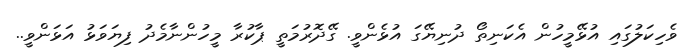
ވެހިކަލުގައި އުޅޭމީހުން އެކަނިތޯ ދުނިޔޭގަ އުޅެންވީ. ގޭދޮރުމަތީ ޕާކުރާ މީހުންނާމެދު ފިޔަވަޅު އަޅަންވީ..